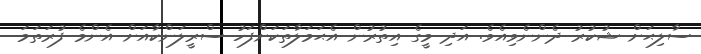
ސާލިޙަށް ޝުކުރު ދެންނެވިއެވެ. އަދި މީގެ އިތުރުން އެޙަމަލާތަކަށްފަހު ސްރީލަންކާއަށް އެންމެ ފުރަތަމަ